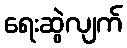
ရေးဆွဲလျက်